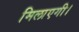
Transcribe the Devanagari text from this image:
मिलाएगी।